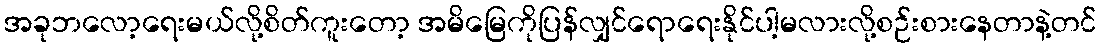
အခုဘလော့ရေးမယ်လို့စိတ်ကူးတော့ အမိမြေကိုပြန်လျှင်ရောရေးနိုင်ပါ့မလားလို့စဉ်းစားနေတာနဲ့တင်